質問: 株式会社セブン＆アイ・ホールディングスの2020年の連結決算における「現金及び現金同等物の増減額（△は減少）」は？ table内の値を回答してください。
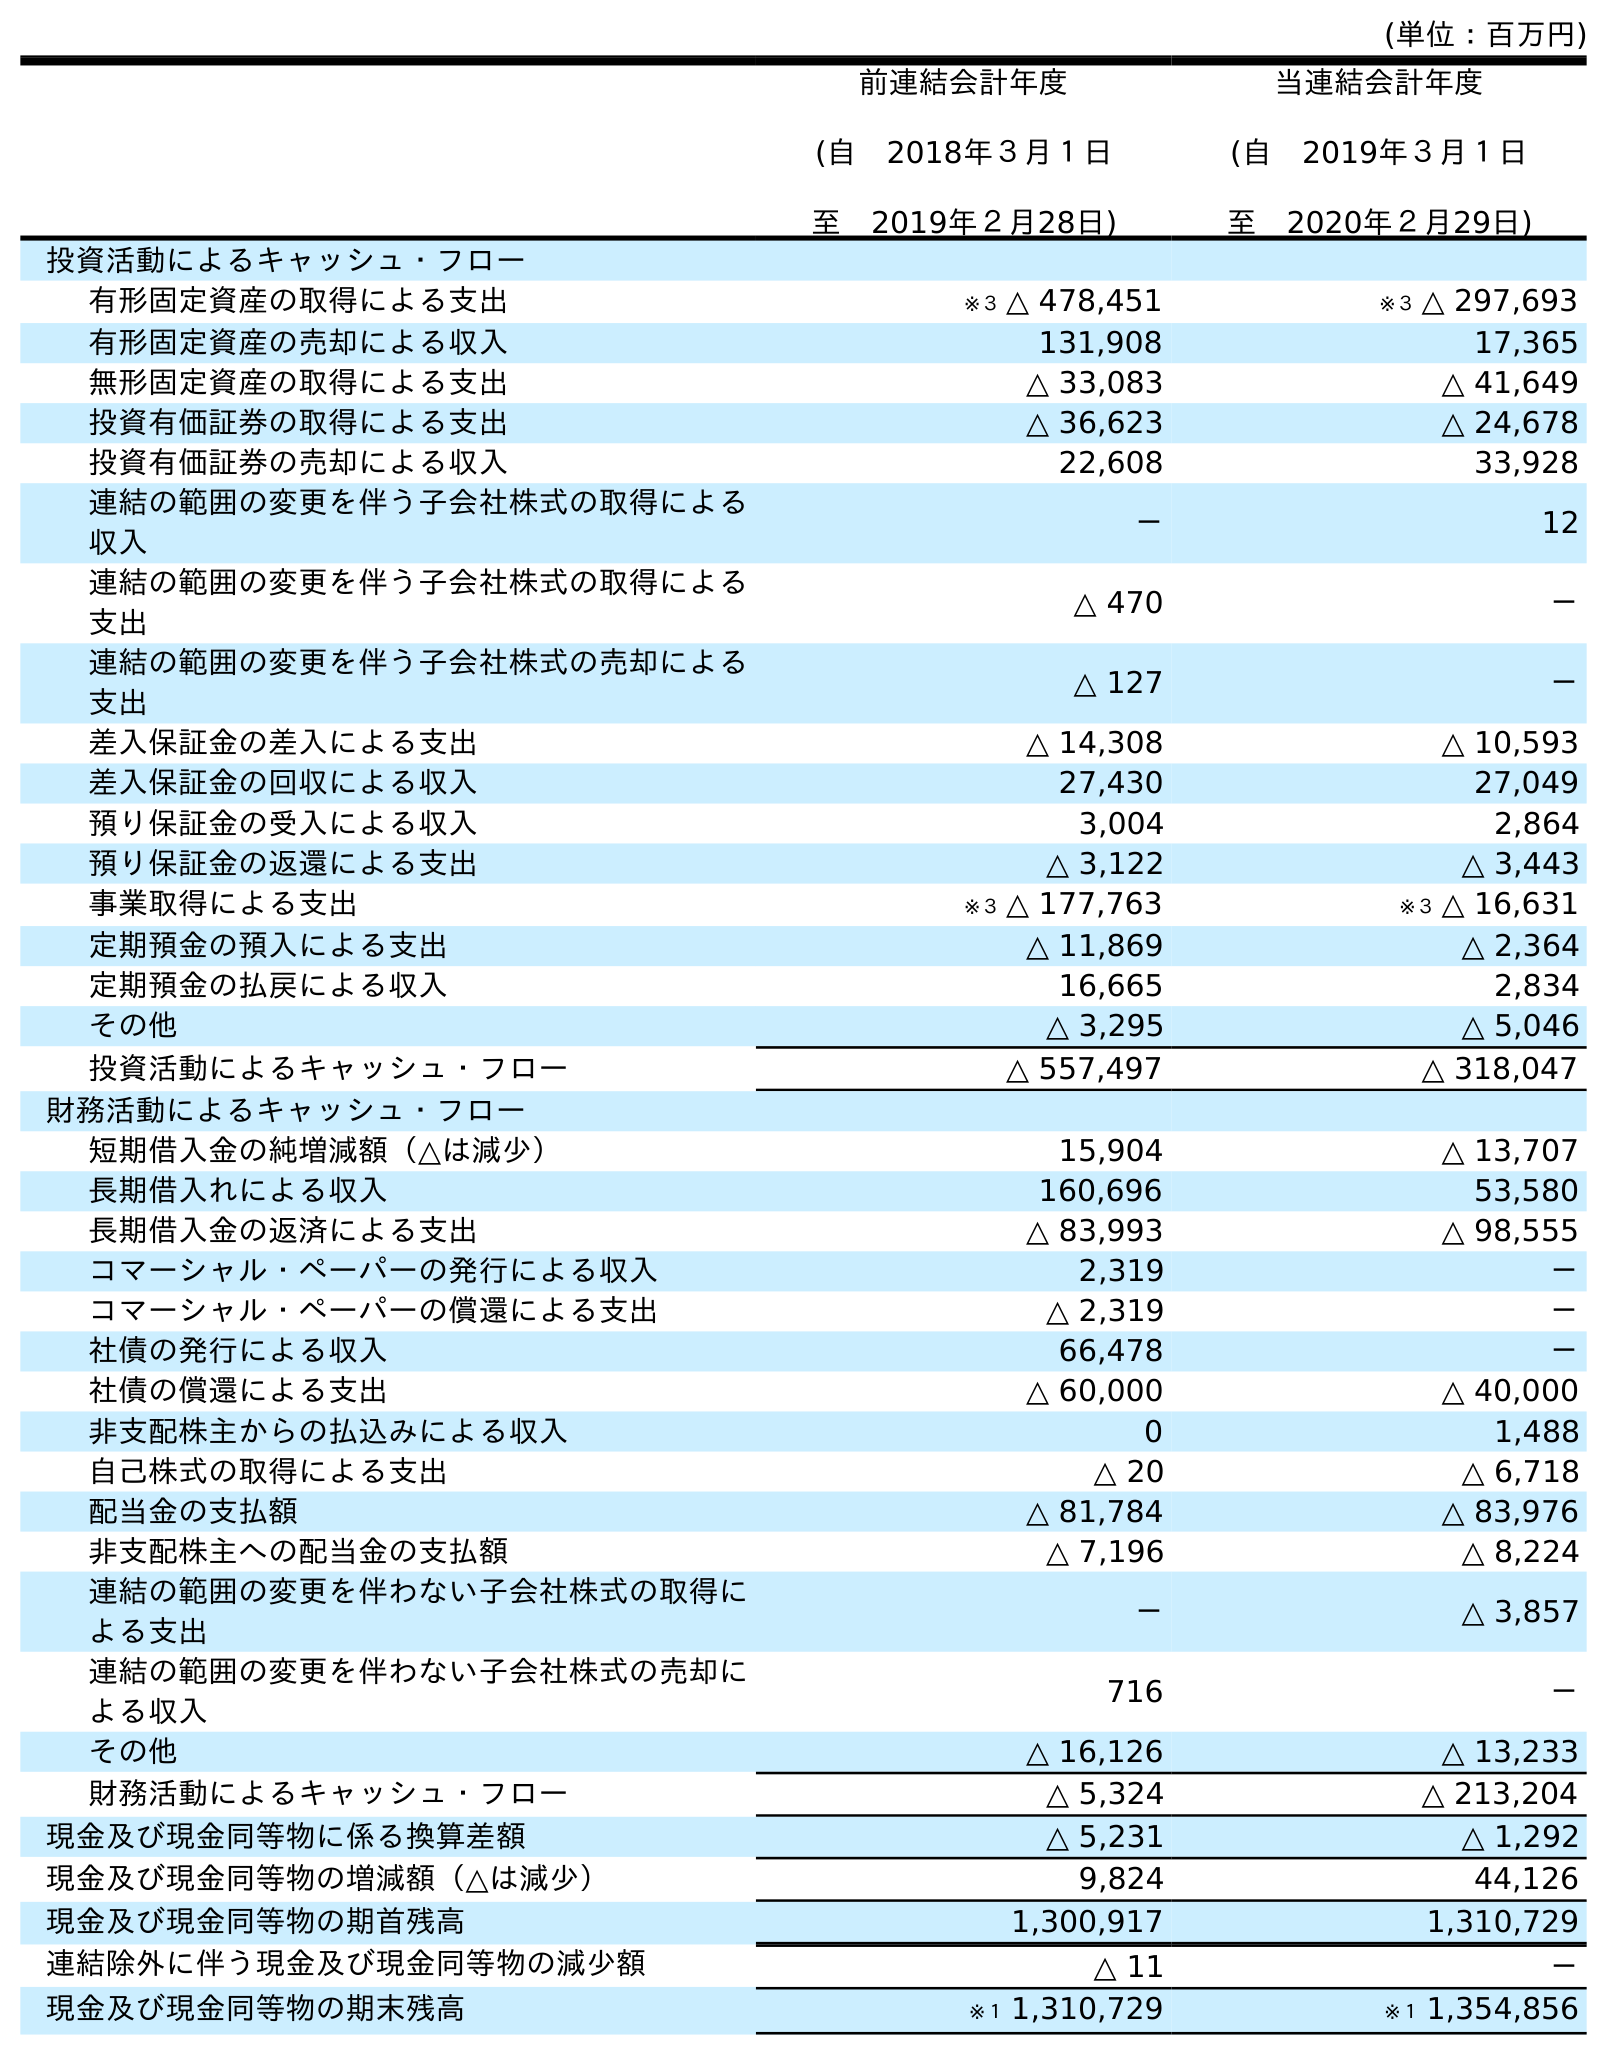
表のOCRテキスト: (単位：百万円) 前連結会計年度 (自 2018年３月１日 至 2019年２月28日) 当連結会計年度 (自 2019年３月１日 至 2020年２月29日) 投資活動によるキャッシュ・フロー 有形固定資産の取得による支出 ※３ △ 478,451 ※３ △ 297,693 有形固定資産の売却による収入 131,908 17,365 無形固定資産の取得による支出 △ 33,083 △ 41,649 投資有価証券の取得による支出 △ 36,623 △ 24,678 投資有価証券の売却による収入 22,608 33,928 連結の範囲の変更を伴う子会社株式の取得による 収入 － 12 連結の範囲の変更を伴う子会社株式の取得による 支出 △ 470 － 連結の範囲の変更を伴う子会社株式の売却による 支出 △ 127 － 差入保証金の差入による支出 △ 14,308 △ 10,593 差入保証金の回収による収入 27,430 27,049 預り保証金の受入による収入 3,004 2,864 預り保証金の返還による支出 △ 3,122 △ 3,443 事業取得による支出 ※３ △ 177,763 ※３ △ 16,631 定期預金の預入による支出 △ 11,869 △ 2,364 定期預金の払戻による収入 16,665 2,834 その他 △ 3,295 △ 5,046 投資活動によるキャッシュ・フロー △ 557,497 △ 318,047 財務活動によるキャッシュ・フロー 短期借入金の純増減額（△は減少） 15,904 △ 13,707 長期借入れによる収入 160,696 53,580 長期借入金の返済による支出 △ 83,993 △ 98,555 コマーシャル・ペーパーの発行による収入 2,319 － コマーシャル・ペーパーの償還による支出 △ 2,319 － 社債の発行による収入 66,478 － 社債の償還による支出 △ 60,000 △ 40,000 非支配株主からの払込みによる収入 0 1,488 自己株式の取得による支出 △ 20 △ 6,718 配当金の支払額 △ 81,784 △ 83,976 非支配株主への配当金の支払額 △ 7,196 △ 8,224 連結の範囲の変更を伴わない子会社株式の取得に よる支出 － △ 3,857 連結の範囲の変更を伴わない子会社株式の売却に よる収入 716 － その他 △ 16,126 △ 13,233 財務活動によるキャッシュ・フロー △ 5,324 △ 213,204 現金及び現金同等物に係る換算差額 △ 5,231 △ 1,292 現金及び現金同等物の増減額（△は減少） 9,824 44,126 現金及び現金同等物の期首残高 1,300,917 1,310,729 連結除外に伴う現金及び現金同等物の減少額 △ 11 － 現金及び現金同等物の期末残高 ※１ 1,310,729 ※１ 1,354,856
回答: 44,126